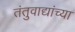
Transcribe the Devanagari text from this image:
तंतुवाद्यांच्या